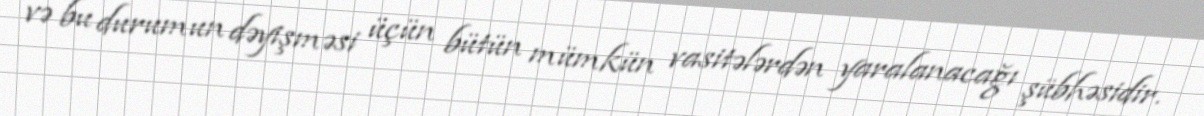
və bu durumun dəyişməsi üçün bütün mümkün vasitələrdən yaralanacağı şübhəsidir.